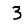
Digit: 3